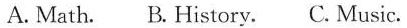
A. Math. B. History. C. Music.